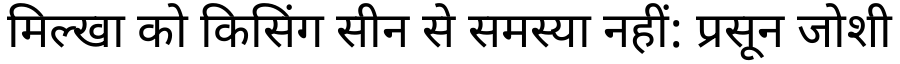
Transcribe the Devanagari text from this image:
मिल्खा को किसिंग सीन से समस्या नहीं: प्रसून जोशी